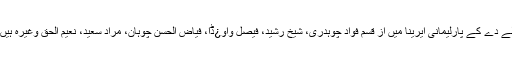
لے دے کے پارلیمانی ایرینا میں از قسم فواد چوہدری، شیخ رشید، فیصل واو¿ڈا، فیاض الحسن چوہان، مراد سعید، نعیم الحق وغیرہ ہیں۔